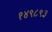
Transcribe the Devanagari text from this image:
१४९८९३